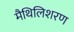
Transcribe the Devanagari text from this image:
मैथिलिशरण